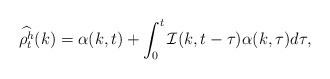
\begin{align*}\widehat{\rho^h_t}(k) = \alpha(k,t) + \int_0^t \mathcal{I}(k,t-\tau)\alpha(k,\tau)d\tau, \end{align*}